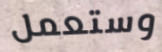
وستعمل